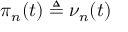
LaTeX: \pi _ { n } ( t ) \triangleq \nu _ { n } ( t )